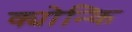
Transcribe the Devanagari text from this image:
क्योन्कि